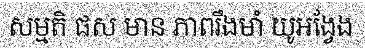
សម្មតិ ផស មាន ភាពរឹងមាំ យូអង្វែង